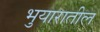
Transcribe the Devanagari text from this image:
भुयारातील